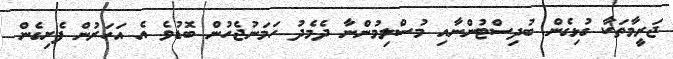
ޖަރީމާތަކާ ގުޅިގެން ބުދިސްޓުންނާއި މުސްލިމުންނާ ދެމެދު ހަމަނުޖެހުން ބޮޑުވެ އެ އަހަރުން ފެށިގެން